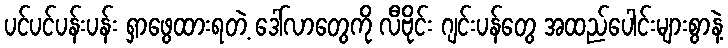
ပင်ပင်ပန်းပန်း ရှာဖွေထားရတဲ့ ဒေါ်လာတွေကို လီဗိုင်း ဂျင်းပန်တွေ အထည်ပေါင်းများစွာနဲ့